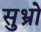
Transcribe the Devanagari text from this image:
सुभ्रो